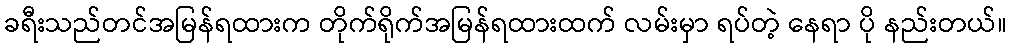
ခရီးသည်တင်အမြန်ရထားက တိုက်ရိုက်အမြန်ရထားထက် လမ်းမှာ ရပ်တဲ့ နေရာ ပို နည်းတယ်။